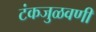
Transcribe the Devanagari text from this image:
टंकजुळवणी